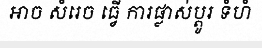
អាច សំរេច ធ្វើ ការផ្លាស់ប្តូរ ទំហំ